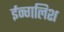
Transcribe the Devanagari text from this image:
ईन्गलिश